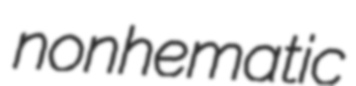
nonhematic